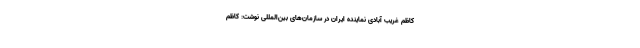
کاظم غریب آبادی نماینده ایران در سازمان‌های بین‌المللی نوشت: کاظم